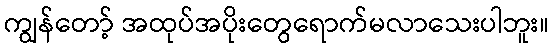
ကျွန်တော့် အထုပ်အပိုးတွေရောက်မလာသေးပါဘူး။